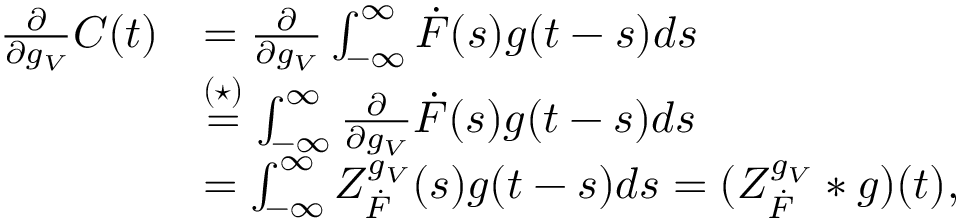
\begin{array} { r l } { \frac { \partial } { \partial g _ { V } } C ( t ) } & { = \frac { \partial } { \partial g _ { V } } \int _ { - \infty } ^ { \infty } \dot { F } ( s ) g ( t - s ) d s } \\ & { \stackrel { ( \star ) } { = } \int _ { - \infty } ^ { \infty } \frac { \partial } { \partial g _ { V } } \dot { F } ( s ) g ( t - s ) d s } \\ & { = \int _ { - \infty } ^ { \infty } Z _ { \dot { F } } ^ { g _ { V } } ( s ) g ( t - s ) d s = ( Z _ { \dot { F } } ^ { g _ { V } } \ast g ) ( t ) , } \end{array}